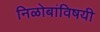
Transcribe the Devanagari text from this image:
निळोबांविषयी